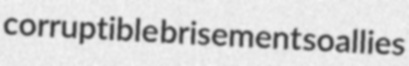
corruptible brisement soallies